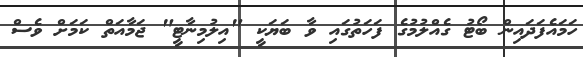
ހަމައެފަދައިން ބޯޓު ގެއްލުމުގެ ފަހަތުގައި ވާ ބަޔަކީ "އިލުމިނާޓީ" ޖަމާއަތް ކަމަށް ވެސް